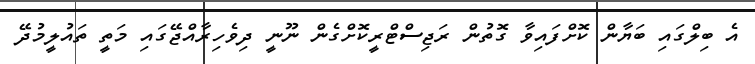
އެ ބިލްގައި ބަޔާން ކޮށްފައިވާ ގޮތުން ރަޖިސްޓްރީކޮށްގެން ނޫނީ ދިވެހިރާއްޖޭގައި މަތީ ތައުލީމުދޭ